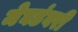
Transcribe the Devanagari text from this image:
मेघडंबरी